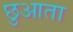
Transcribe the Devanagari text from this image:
छुआता